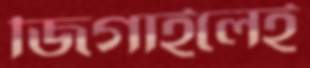
জিগাইলেই